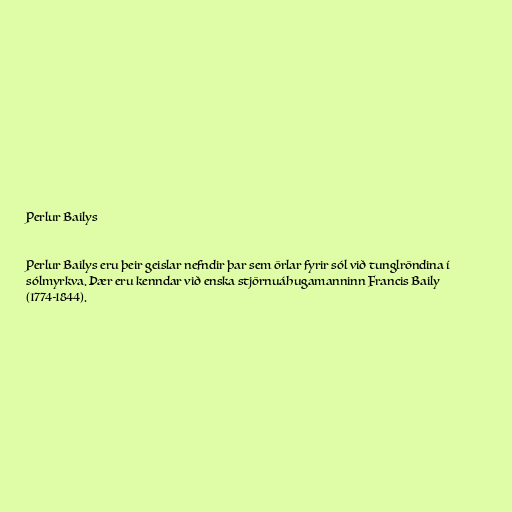
Perlur Bailys

Perlur Bailys eru þeir geislar nefndir þar sem örlar fyrir sól við tunglröndina í
sólmyrkva. Þær eru kenndar við enska stjörnuáhugamanninn Francis Baily
(1774-1844).